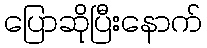
ပြောဆိုပြီးနောက်